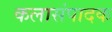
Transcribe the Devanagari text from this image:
कलासंपादक